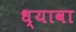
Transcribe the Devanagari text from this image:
ध्यावा